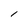
Character: l